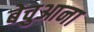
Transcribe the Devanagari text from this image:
बेचुआना